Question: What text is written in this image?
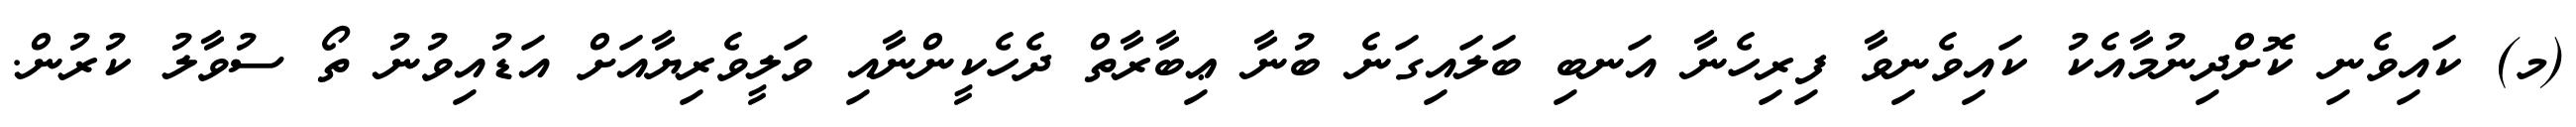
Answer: (މ) ކައިވެނި ކޮށްދިނުމާއެކު ކައިވެނިވާ ފިރިހެނާ އަނބި ބަލައިގަނެ ބުނާ ޢިބާރާތް ދެހެކީންނާއި ވަލީވެރިޔާއަށް އަޑުއިވުނު ތޯ ސުވާލު ކުރުން.